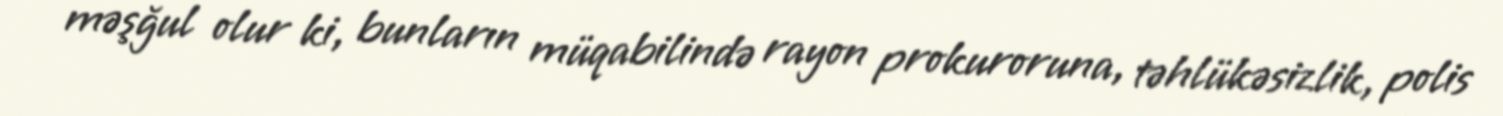
məşğul olur ki, bunların müqabilində rayon prokuroruna, təhlükəsizlik, polis